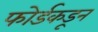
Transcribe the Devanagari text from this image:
फोर्डकडून